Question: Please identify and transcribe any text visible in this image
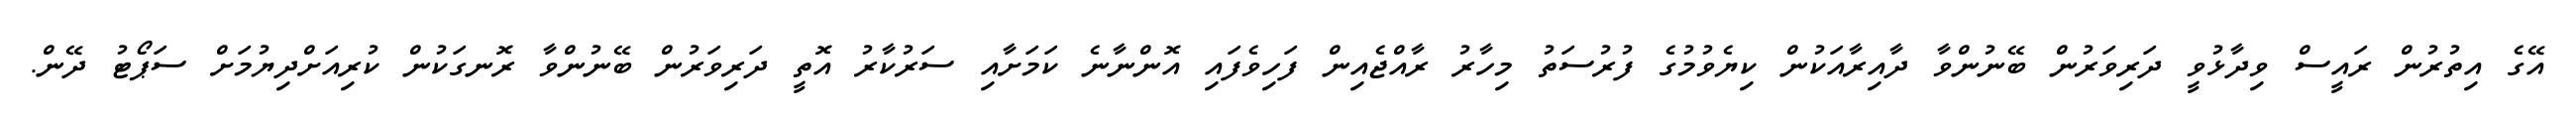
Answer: އޭގެ އިތުރުން ރައީސް ވިދާޅުވީ ދަރިވަރުން ބޭނުންވާ ދާއިރާއަކުން ކިޔެވުމުގެ ފުރުސަތު މިހާރު ރާއްޖެއިން ފަހިވެފައި އޮންނާނެ ކަމަށާއި ސަރުކާރު އޮތީ ދަރިވަރުން ބޭނުންވާ ރޮނގަކުން ކުރިއަށްދިޔުމަށް ސަޕޯޓު ދޭން.